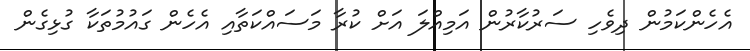
އެހެންކަމުން ދިވެހި ސަރުކާރުން އަމިއްލަ އަށް ކުރާ މަސައްކަތާއި އެހެން ގައުމުތަކާ ގުޅިގެން